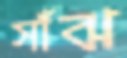
সাঁঝ